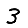
Digit: 3